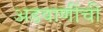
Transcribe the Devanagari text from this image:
अडवाणींची